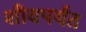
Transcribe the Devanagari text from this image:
शीवपर्यंत